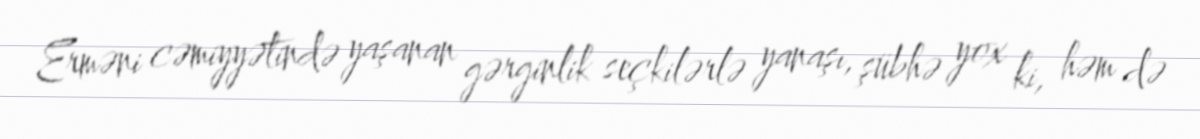
Erməni cəmiyyətində yaşanan gərginlik seçkilərlə yanaşı, şübhə yox ki, həm də